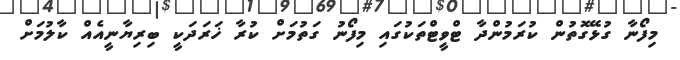
މިފޯނާ ގުޅޭގޮތުން ކުރަމުންދާ ޓްވީޓްތަކުގައި މިފޯނު ގަތުމަށް ކުރާ ޚަރަދަކީ ބިރިޔާނީއެއް ކާލުމަށް